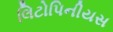
લિટોપિનીયસ